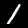
Digit: 1